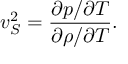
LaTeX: v _ { S } ^ { 2 } = \frac { \partial p / \partial T } { \partial \rho / \partial T } .